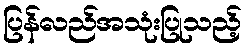
ပြန်လည်အသုံးပြုသည့်